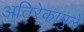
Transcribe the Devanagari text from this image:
अतिरेकामुळे